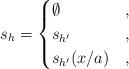
LaTeX: \begin{align*}s_{h}=\begin{cases} \emptyset& , \\ s_{h'} & , \\ s_{h'}(x/a) & ,\end{cases}\end{align*}